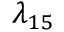
\lambda _ { 1 5 }